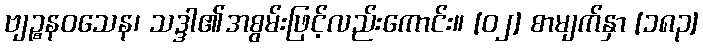
ဗျဉ္စနဝသေန၊ သဒ္ဒါ၏အစွမ်းဖြင့်လည်းကောင်း။ [၀၂] စာမျက်နှာ [၁၈၃]